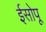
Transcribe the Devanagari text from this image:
ईसोपू